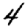
Digit: 4